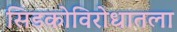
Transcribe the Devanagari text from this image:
सिडकोविरोधातला